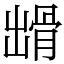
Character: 𩨳